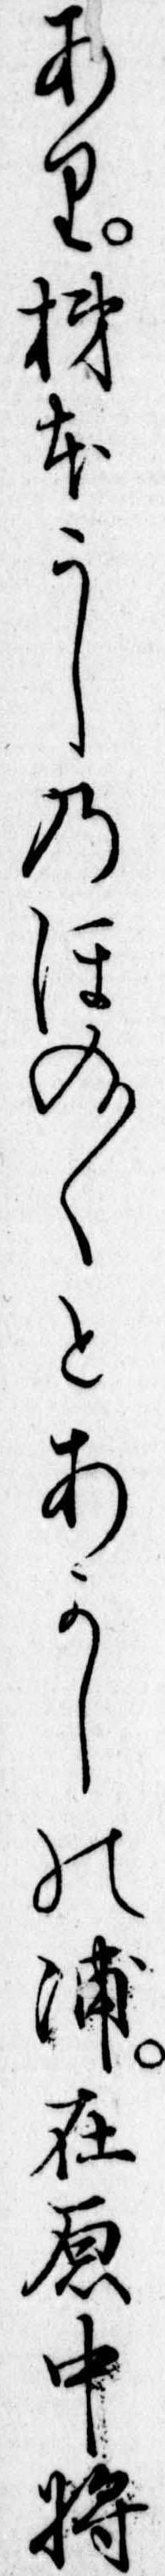
あり柿本うしのほの〱とあかしの浦在原中将